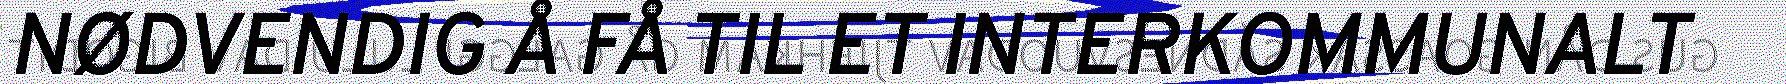
NØDVENDIG Å FÅ TIL ET INTERKOMMUNALT